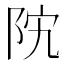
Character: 𱀊